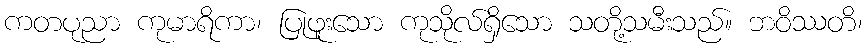
ကတပုညာ ကုမာရိကာ၊ ပြုဖူးသော ကုသိုလ်ရှိသော သတို့သမီးသည်။ ဘဝိဿတိ၊